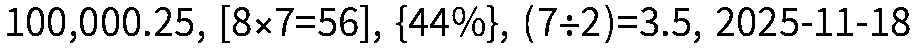
100,000.25, [8×7=56], {44%}, (7÷2)=3.5, 2025-11-18